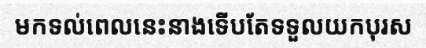
មកទល់ពេលនេះនាងទើបតែទទួលយកបុរស